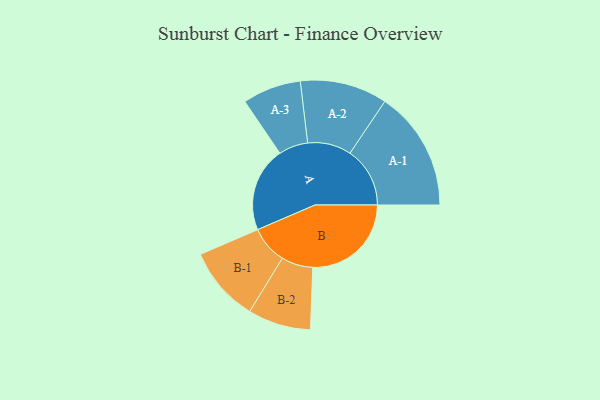
{"axis": {"x": "Segment", "y": "Value"}, "legend": ["", "A", "B"], "data": [{"x": "A", "y": 384, "type": ""}, {"x": "B", "y": 447, "type": ""}, {"x": "A-1", "y": 272, "type": "A"}, {"x": "A-2", "y": 198, "type": "A"}, {"x": "A-3", "y": 133, "type": "A"}, {"x": "B-1", "y": 171, "type": "B"}, {"x": "B-2", "y": 143, "type": "B"}]}